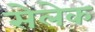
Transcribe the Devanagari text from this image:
सेलेक